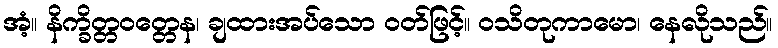
အံ့။ နိက္ခိတ္တဝတ္တေန၊ ချထားအပ်သော ဝတ်ဖြင့်။ ဝသိတုကာမော၊ နေလိုသည်။